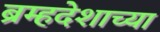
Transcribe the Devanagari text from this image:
ब्रम्हदेशाच्या